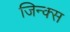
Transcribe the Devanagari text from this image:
जिन्क्स